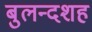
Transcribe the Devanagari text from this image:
बुलन्दशह